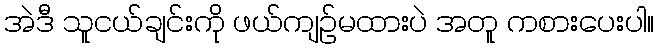
အဲဒီ သူငယ်ချင်းကို ဖယ်ကျဉ်မထားပဲ အတူ ကစားပေးပါ။